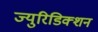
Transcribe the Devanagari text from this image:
ज्युरिडिक्शन